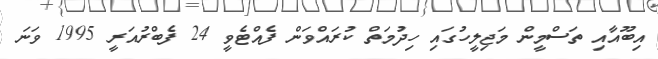
އިބޫއާއި ތަސްމީން މަޖިލީހުގައި ހިދުމަތް ކުރައްވަން ފެއްޓެވީ 24 ފެބްރުއަރީ 1995 ވަނަ